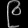
Digit: ၉